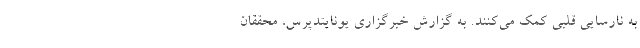
به نارسایی قلبی کمک می‌کنند. به گزارش خبرگزاری یونایتدپرس، محققان